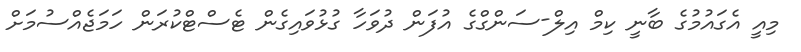
މިއީ އެގައުމުގެ ބާނީ ކިމް އިލް-ސަންގްގެ އުފަން ދުވަހާ ގުޅުވައިގެން ޓެސްޓްކުރަން ހަމަޖެއްސުމަށް